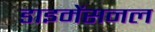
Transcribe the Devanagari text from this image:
डाइमेंसनल